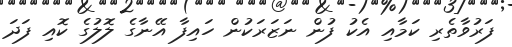
ފަރުވާތެރި ކަމާއި އެކު ފުން ނަޒަރަކުން ހައިފާ އޭނާގެ ލޮލުގެ ކޮއި ފަދަ